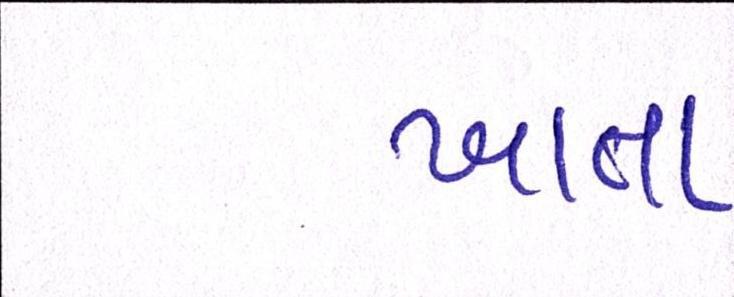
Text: ખાતા